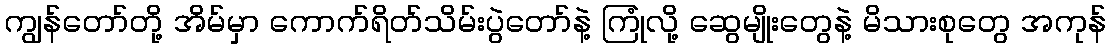
ကျွန်တော်တို့ အိမ်မှာ ကောက်ရိတ်သိမ်းပွဲတော်နဲ့ ကြုံလို့ ဆွေမျိုးတွေနဲ့ မိသားစုတွေ အကုန်